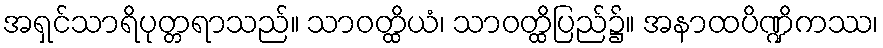
အရှင်သာရိပုတ္တရာသည်။ သာဝတ္ထိယံ၊ သာဝတ္ထိပြည်၌။ အနာထပိဏ္ဍိကဿ၊